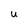
Character: U